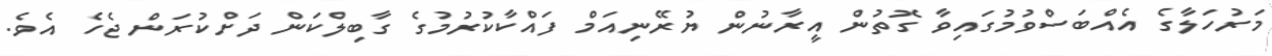
މަރުހަލާގެ އެއްބަސްވުމުގައިވާ ގޮތުން އީރާނުން ޔުރޭނިއަމް ފައްކާކުރުމުގެ ގާބިލްކަން ދަށްކުރަން ޖެހެ އެވެ.